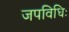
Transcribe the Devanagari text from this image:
जपविधिः